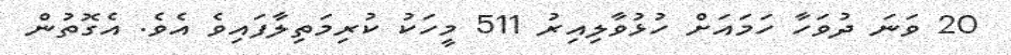
20 ވަނަ ދުވަހާ ހަމައަށް ހުޅުވާލިއިރު 511 މީހަކު ކުރިމަތިލާފައިވެ އެވެ. އެގޮތުން